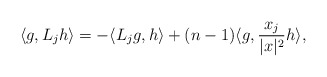
\begin{align*} \langle g,L_j h \rangle = - \langle L_j g, h \rangle + (n-1) \langle g, \frac{x_j}{|x|^2} h \rangle,\end{align*}